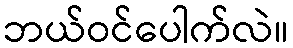
ဘယ်ဝင်ပေါက်လဲ။